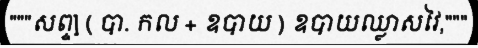
"""សព្ទ] ( បា. កល + ឧបាយ ) ឧបាយឈ្លាសវៃ,"""